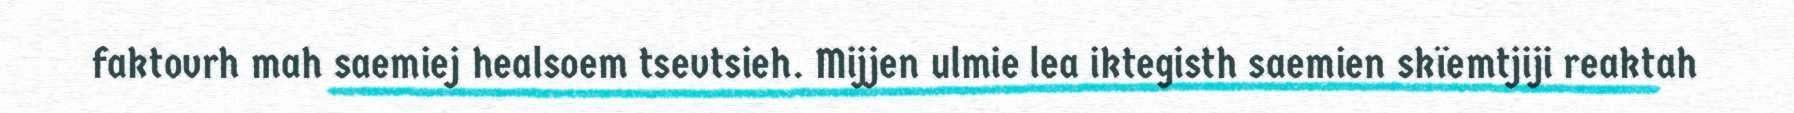
faktovrh mah saemiej healsoem tsevtsieh. Mijjen ulmie lea iktegisth saemien skïemtjiji reaktah